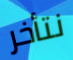
نتأخر